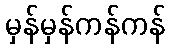
မှန်မှန်ကန်ကန်